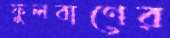
ফুলবাণের